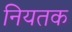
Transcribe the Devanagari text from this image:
नियतक